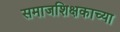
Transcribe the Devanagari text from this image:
समाजशिक्षकाच्या